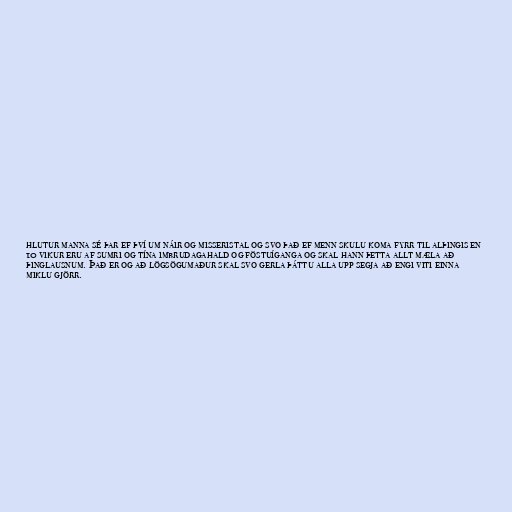
hlutur manna sé þar ef því um náir og misseristal og svo það ef menn skulu koma fyrr til alþingis en
10 vikur eru af sumri og tína imbrudagahald og föstuíganga og skal hann þetta allt mæla að
þinglausnum. Það er og að lögsögumaður skal svo gerla þáttu alla upp segja að engi viti einna
miklu gjörr.